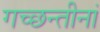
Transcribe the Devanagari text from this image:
गच्छन्तीनां